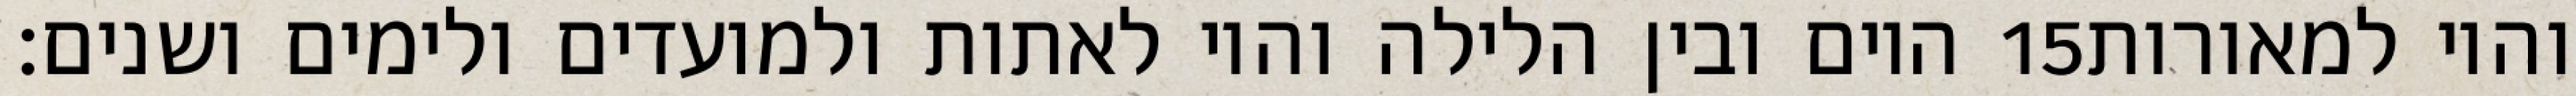
היום ובין הלילה והיו לאתות ולמועדים ולימים ושנים׃ ‎15‏ והיו למאורות